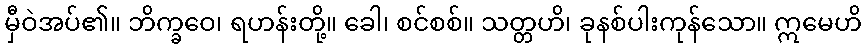
မှီဝဲအပ်၏။ ဘိက္ခဝေ၊ ရဟန်းတို့။ ခေါ၊ စင်စစ်။ သတ္တဟိ၊ ခုနစ်ပါးကုန်သော။ ဣမေဟိ